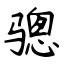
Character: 骢